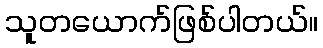
သူတယောက်ဖြစ်ပါတယ်။